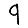
Digit: 9